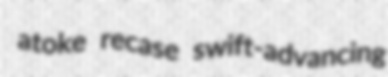
atoke recase swift-advancing